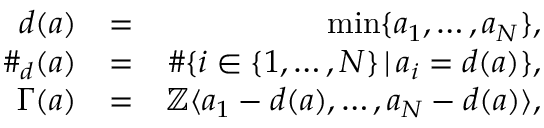
\begin{array} { r l r } { d ( a ) } & { = } & { \operatorname* { m i n } \{ a _ { 1 } , \ldots , a _ { N } \} , } \\ { \# _ { d } ( a ) } & { = } & { \# \{ i \in \{ 1 , \ldots , N \} \, \vert \, a _ { i } = d ( a ) \} , } \\ { \Gamma ( a ) } & { = } & { \mathbb { Z } \langle a _ { 1 } - d ( a ) , \ldots , a _ { N } - d ( a ) \rangle , } \end{array}